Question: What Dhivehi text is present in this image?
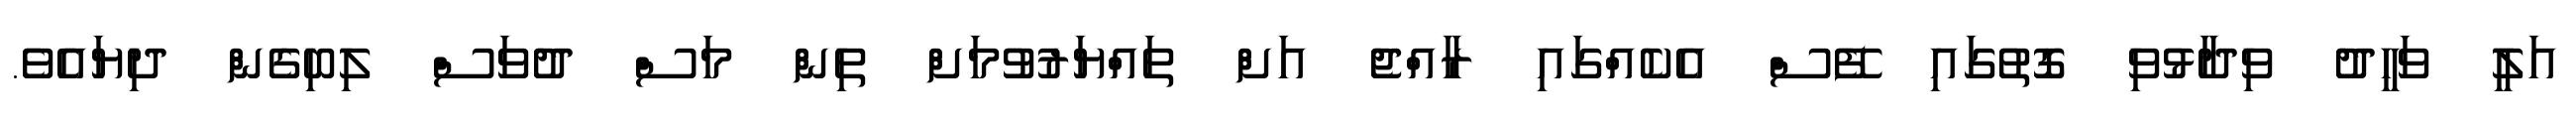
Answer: އަލީ ވަހީދު ވިދާޅުވި ގޮތުގައި ފޭސް އެކެއްގައި ރާއްޖެ އަށް ތައްޔަރުވުމަށް ތިން މަސް ދުވަސް ލިބިގެން ދިޔައެވެ.